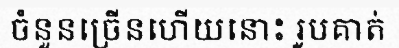
ចំនួនច្រើនហើយនោះ រូបគាត់